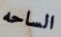
الساحه